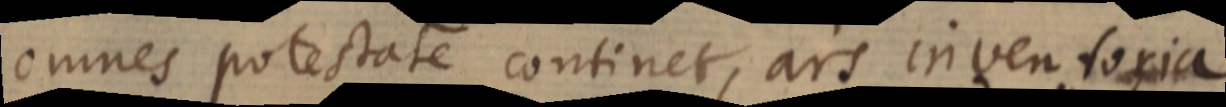
omnes potestate continet, ars inventoria